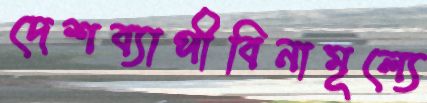
দেশব্যাপীবিনামূল্যে